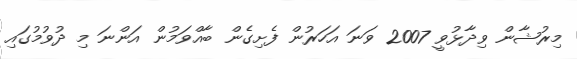
މިރުޝާން ވިދާޅުވީ 2007 ވަނަ އަހަރުން ފެށިގެން ބާއްވަމުން އަންނަ މި ދުވުމުގައި